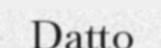
Datto